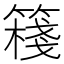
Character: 𥴈